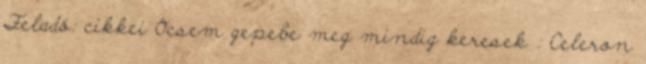
Feladó: cikkei Ocsem gepebe meg mindig keresek : Celeron